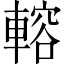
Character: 䡥